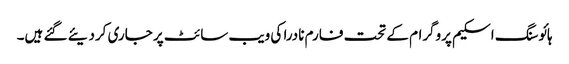
ہائوسنگ اسکیم پروگرام کے تحت فارم نادرا کی ویب سائٹ پر جاری کردیئے گئے ہیں۔